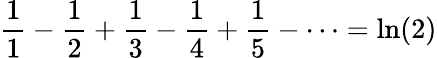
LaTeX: {\frac{1}{1}}-{\frac{1}{2}}+{\frac{1}{3}}-{\frac{1}{4}}+{\frac{1}{5}}-\cdots=\ln(2)